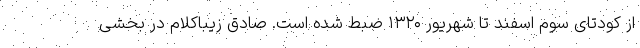
از کودتای سوم اسفند تا شهریور ۱۳۲۰ ضبط شده است. صادق زیباکلام در بخشی